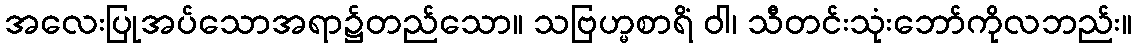
အလေးပြုအပ်သောအရာ၌တည်သော။ သဗြဟ္မစာရိံ ဝါ၊ သီတင်းသုံးဘော်ကိုလဘည်း။